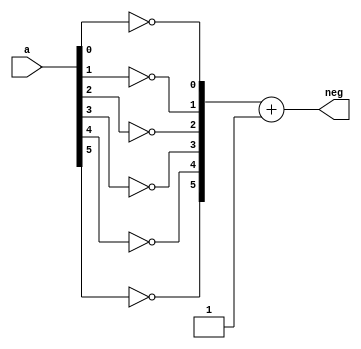
`timescale 1ns / 1ps


module negate(
    input [5:0] a,
    output [5:0] neg
    );
    wire [5:0] b;
    xor(b[0], a[0], 1);
    xor(b[1], a[1], 1);
    xor(b[2], a[2], 1);
    xor(b[3], a[3], 1);
    xor(b[4], a[4], 1);
    xor(b[5], a[5], 1);
    
    assign neg = b + 4'b0001;
    
endmodule